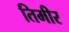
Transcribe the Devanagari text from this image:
तिमीर